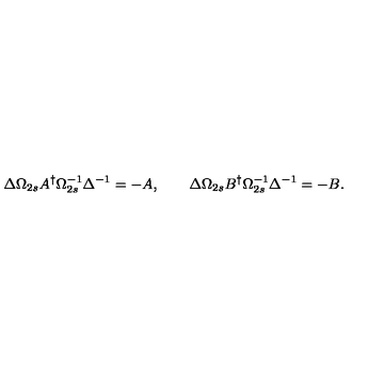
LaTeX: \Delta \Omega _ { 2 s } A ^ { \dagger } \Omega _ { 2 s } ^ { - 1 } \Delta ^ { - 1 } = - A , \qquad \Delta \Omega _ { 2 s } B ^ { \dagger } \Omega _ { 2 s } ^ { - 1 } \Delta ^ { - 1 } = - B .